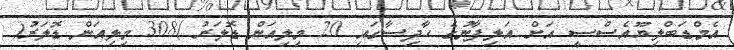
އެމްޑަބްލިޔޫއެސްސީ އަށް އަލިފާނުގެ ހާދިސާގައި 20 މިލިއަން ޑޮލަރު )308 މިލިއަން ޑޮލަރު(